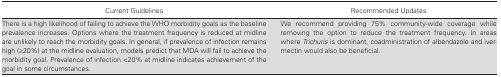
<table><thead><tr><td><b>Current Guidelines</b></td><td><b>Recommended Updates</b></td></tr></thead><tbody><tr><td>There is a high likelihood of failing to achieve the WHO morbidity goals as the baseline prevalence increases. Options where the treatment frequency is reduced at midline are unlikely to reach the morbidity goals. In general, if prevalence of infection remains high (≥20%) at the midline evaluation, models predict that MDA will fail to achieve the morbidity goal. Prevalence of infection &lt;20% at midline indicates achievement of the goal in some circumstances.</td><td>We recommend providing 75% community-wide coverage while removing the option to reduce the treatment frequency. In areas where <i>Trichuris</i> is dominant, coadministration of albendazole and ivermectin would also be beneficial.</td></tr></tbody></table>